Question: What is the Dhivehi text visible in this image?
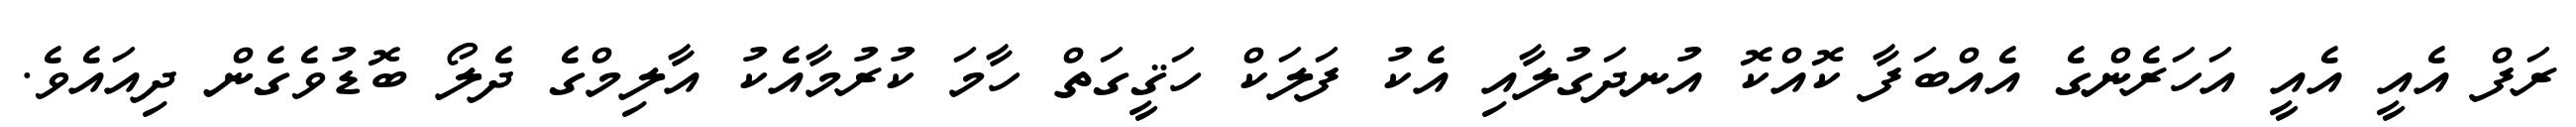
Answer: ރަފް އެއީ އެއީ އަހަރެންގެ އެއްބަފާ ކޮއްކޮ އުނދަގުލާއި އެކު ފަލަކް ހަޤީގަތް ހާމަ ކުރުމާއެކު އާލިމްގެ ދެލޯ ބޮޑުވެގެން ދިއައެވެ.